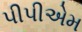
પીપીએમ